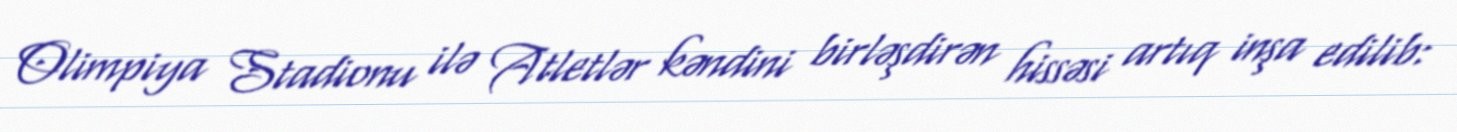
Olimpiya Stadionu ilə Atletlər kəndini birləşdirən hissəsi artıq inşa edilib: